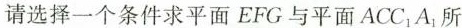
请选择一个条件求平面EFG与平面ACC_{1}A_{1}所